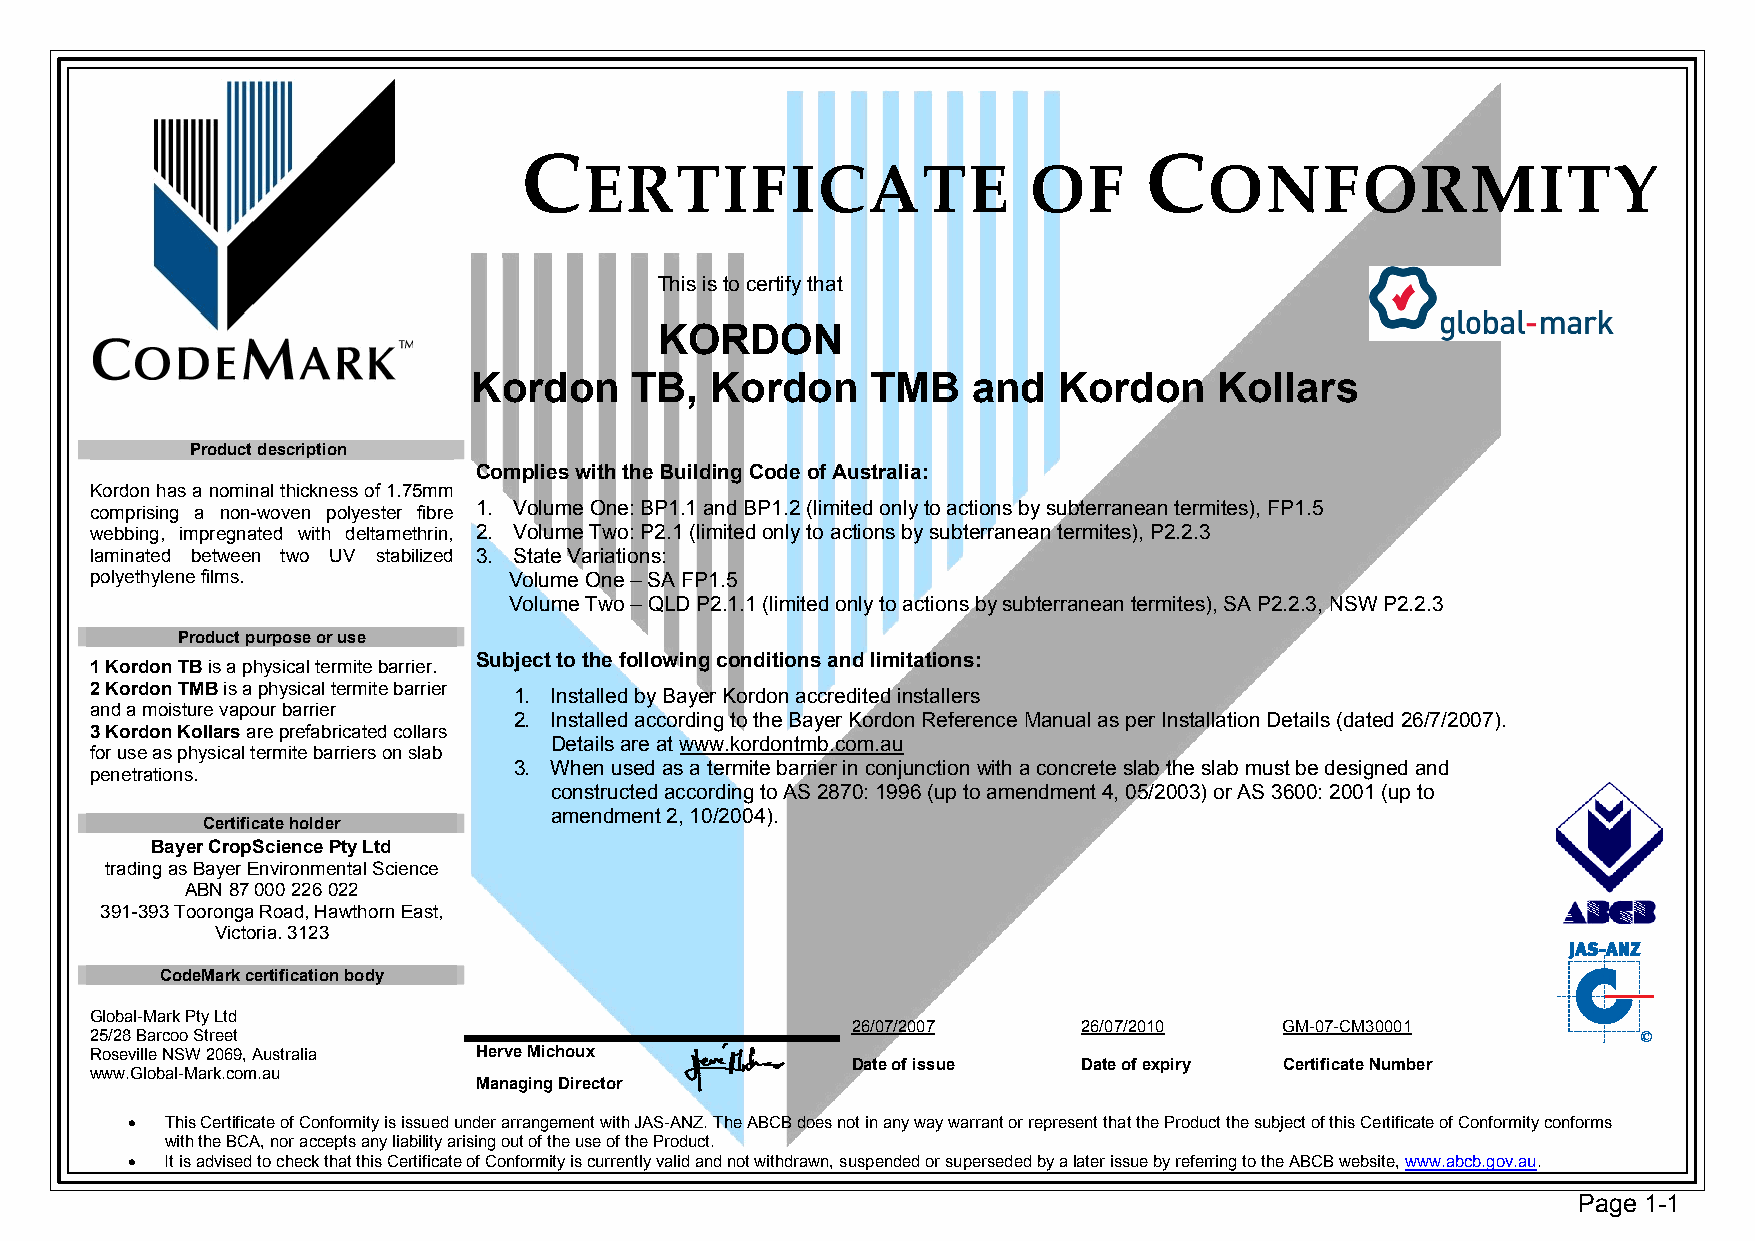
C                                        C
 ERTIFICA              TE     OF          ONFORMITY
 This is to certify that
 KORDON
 Kordon     TB,  Kordon     TMB   and   Kordon     Kollars
 Product description
 Complies with the Building Code of Australia:
 Kordon has a nominal thickness of 1.75mm
 comprising a non-woven polyester fibre 1. Volume One: BP1.1 and BP1.2 (limited only to actions by subterranean termites), FP1.5
 webbing, impregnated with deltamethrin, 2. Volume Two: P2.1 (limited only to actions by subterranean termites), P2.2.3
 laminated between two UV stabilized 3. State Variations:
 polyethylene films.         Volume One – SA FP1.5
 Volume Two – QLD P2.1.1 (limited only to actions by subterranean termites), SA P2.2.3, NSW P2.2.3
 Product purpose or use
 1 Kordon TB is a physical termite barrier.
 Subject to the following conditions and limitations:
 2 Kordon TMB is a physical termite barrier
 1. Installed by Bayer Kordon accredited installers
 and a moisture vapour barrier
 2. Installed according to the Bayer Kordon Reference Manual as per Installation Details (dated 26/7/2007).
 3 Kordon Kollars are prefabricated collars
 Details are at www.kordontmb.com.au
 for use as physical termite barriers on slab
 3. When used as a termite barrier in conjunction with a concrete slab the slab must be designed and
 penetrations.
 constructed according to AS 2870: 1996 (up to amendment 4, 05/2003) or AS 3600: 2001 (up to
 Certificate holder
 amendment 2, 10/2004).
 Bayer CropScience Pty Ltd
 trading as Bayer Environmental Science
 ABN 87 000 226 022
 391-393 Tooronga Road, Hawthorn East,
 Victoria. 3123
 CodeMark certification body
 Global-Mark Pty Ltd
 26/07/2007      26/07/2010   GM-07-CM30001
 25/28 Barcoo Street
 Roseville NSW 2069, Australia Herve Michoux
 Date of issue   Date of expiry Certificate Number
 www.Global-Mark.com.au
 Managing Director
 •  This Certificate of Conformity is issued under arrangement with JAS-ANZ. The ABCB does not in any way warrant or represent that the Product the subject of this Certificate of Conformity conforms
 with the BCA, nor accepts any liability arising out of the use of the Product.
 •  It is advised to check that this Certificate of Conformity is currently valid and not withdrawn, suspended or superseded by a later issue by referring to the ABCB website, www.abcb.gov.au.
 Page 1-1